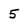
Character: 5